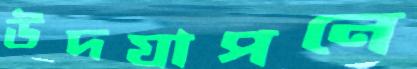
উদযাপনে